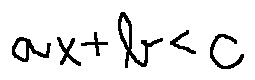
a x + b < c